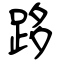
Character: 跢